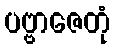
ပဗ္ဗာဇေတုံ